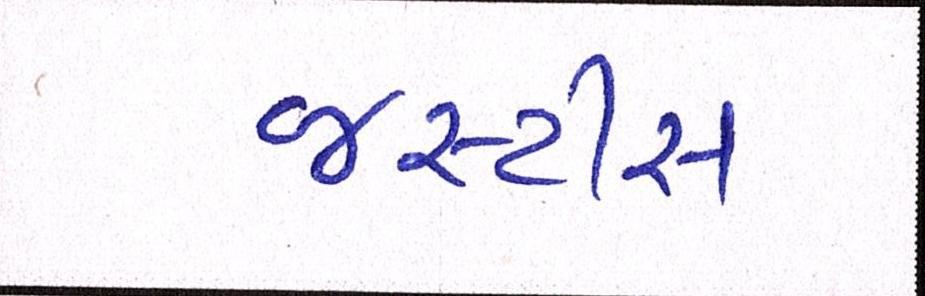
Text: જસ્ટીસ